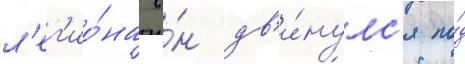
л'ег'ио́на о́н дв'и́нулс'я по́д